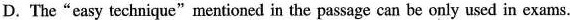
D.The“easy technique"mentioned in the passage can be only used in exams.